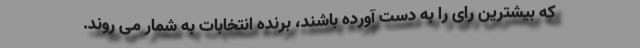
که بیشترین رای را به دست آورده باشند، برنده انتخابات به شمار می روند.